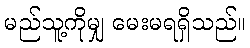
မည်သူ့ကိုမျှ မေးမရရှိသည်။